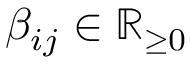
\beta _ { i j } \in \mathbb { R } _ { \geq 0 }